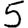
Digit: 5